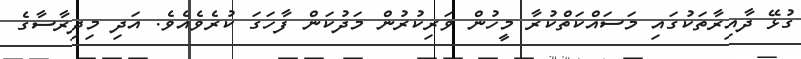
ގުޅޭ ދާއިރާތަކުގައި މަސައްކަތްކުރާ މީހުން ވަރިކުރުން މަދުކަން ފާހަގަ ކުރެވެއެވެ. އަދި މިދިރާސާގެ